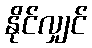
နိုင်လျှင်